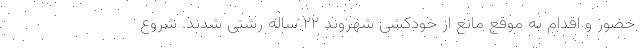
حضور و اقدام به موقع مانع از خودکشی شهروند ۲۲ ساله رشتی شدند. شروع